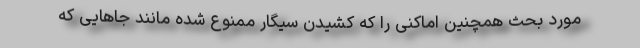
مورد بحث همچنین اماکنی را که کشیدن سیگار ممنوع شده مانند جاهایی که